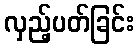
လှည့်ပတ်ခြင်း